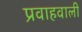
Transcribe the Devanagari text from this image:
प्रवाहवाली